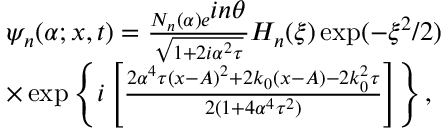
\begin{array} { l l } { \psi _ { n } ( \alpha ; x , t ) = \frac { N _ { n } ( \alpha ) e ^ { \textstyle i n \theta } } { \sqrt { 1 + 2 i \alpha ^ { 2 } \tau } } H _ { n } ( \xi ) \exp ( - \xi ^ { 2 } / 2 ) } \\ { \times \exp \left\{ i \left[ \frac { 2 \alpha ^ { 4 } \tau ( x - A ) ^ { 2 } + 2 k _ { 0 } ( x - A ) - 2 k _ { 0 } ^ { 2 } \tau } { 2 ( 1 + 4 \alpha ^ { 4 } \tau ^ { 2 } ) } \right] \right\} , } \end{array}